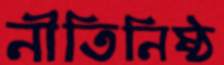
নীতিনিষ্ঠ